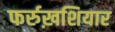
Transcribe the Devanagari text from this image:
फर्रुख़शियार